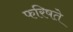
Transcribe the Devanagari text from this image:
फरिषते